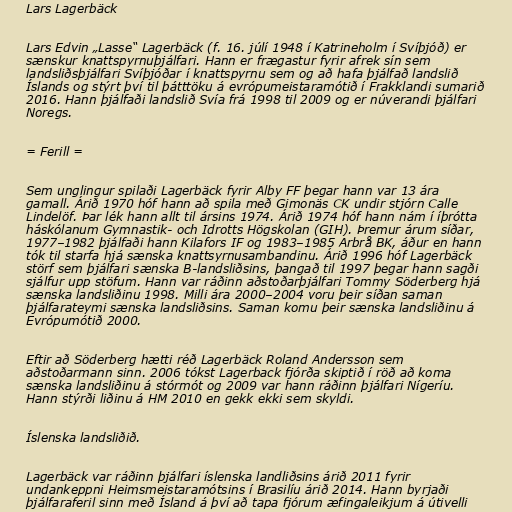
Lars Lagerbäck

Lars Edvin „Lasse“ Lagerbäck (f. 16. júlí 1948 í Katrineholm í Svíþjóð) er
sænskur knattspyrnuþjálfari. Hann er frægastur fyrir afrek sín sem
landsliðsþjálfari Svíþjóðar í knattspyrnu sem og að hafa þjálfað landslið
Íslands og stýrt því til þátttöku á evrópumeistaramótið í Frakklandi sumarið
2016. Hann þjálfaði landslið Svía frá 1998 til 2009 og er núverandi þjálfari
Noregs.

= Ferill =

Sem unglingur spilaði Lagerbäck fyrir Alby FF þegar hann var 13 ára
gamall. Árið 1970 hóf hann að spila með Gimonäs CK undir stjórn Calle
Lindelöf. Þar lék hann allt til ársins 1974. Árið 1974 hóf hann nám í íþrótta
háskólanum Gymnastik- och Idrotts Högskolan (GIH). Þremur árum síðar,
1977–1982 þjálfaði hann Kilafors IF og 1983–1985 Arbrå BK, áður en hann
tók til starfa hjá sænska knattsyrnusambandinu. Árið 1996 hóf Lagerbäck
störf sem þjálfari sænska B-landsliðsins, þangað til 1997 þegar hann sagði
sjálfur upp stöfum. Hann var ráðinn aðstoðarþjálfari Tommy Söderberg hjá
sænska landsliðinu 1998. Milli ára 2000–2004 voru þeir síðan saman
þjálfarateymi sænska landsliðsins. Saman komu þeir sænska landsliðinu á
Evrópumótið 2000.

Eftir að Söderberg hætti réð Lagerbäck Roland Andersson sem
aðstoðarmann sinn. 2006 tókst Lagerback fjórða skiptið í röð að koma
sænska landsliðinu á stórmót og 2009 var hann ráðinn þjálfari Nígeríu.
Hann stýrði liðinu á HM 2010 en gekk ekki sem skyldi.

Íslenska landsliðið.

Lagerbäck var ráðinn þjálfari íslenska landliðsins árið 2011 fyrir
undankeppni Heimsmeistaramótsins í Brasilíu árið 2014. Hann byrjaði
þjálfaraferil sinn með Ísland á því að tapa fjórum æfingaleikjum á útivelli